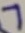
Text: 7